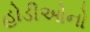
હોડીઓનો